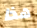
هذا